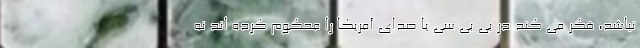
نباشد، فکر می کند در بی بی سی یا صدای آمریکا را محکوم کرده اند نه